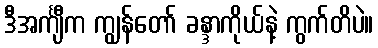
ဒီအင်္ကျီက ကျွန်တော် ခန္ဒာကိုယ်နဲ့ ကွက်တိပဲ။